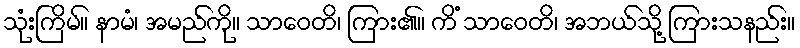
သုံးကြိမ်။ နာမံ၊ အမည်ကို။ သာဝေတိ၊ ကြား၏။ ကိံ သာဝေတိ၊ အဘယ်သို့ ကြားသနည်း။